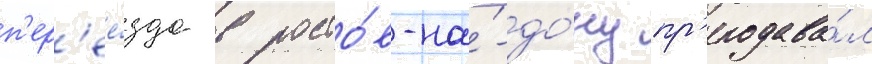
п'ер'ее́зда в росто́в-на́-до́ну пр'еподава́л